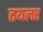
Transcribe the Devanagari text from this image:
टयलर